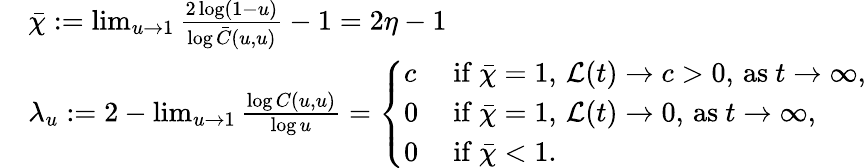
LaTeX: \begin{array}{rl}&{\bar{\chi}:=\operatorname*{lim}_{u\to 1}\frac{2\log(1-u)}{\log\bar{C}(u,u)}-1=2\eta-1}\\ &{\lambda_{u}:=2-\operatorname*{lim}_{u\to 1}\frac{\log C(u,u)}{\log u}=\left\{ \begin{array}{ll}{c}&{\mathrm{~if~}\bar{\chi}=1,\, \mathcal{L}(t)\to c>0,\, \mathrm{as~}t\to\infty,}\\ {0}&{\mathrm{~if~}\bar{\chi}=1,\, \mathcal{L}(t)\to 0,\, \mathrm{as~}t\to\infty,}\\ {0}&{\mathrm{~if~}\bar{\chi}<1.}\end{array}\right.}\end{array}